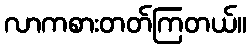
လာကစားတတ်ကြတယ်။